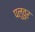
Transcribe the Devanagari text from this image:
पलुवुर